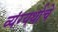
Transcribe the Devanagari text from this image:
व्यंग्यर्थाचे